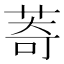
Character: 䓫